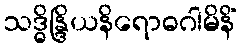
သဒ္ဓိန္ဒြိယနိရောဓဂါမိနိံ